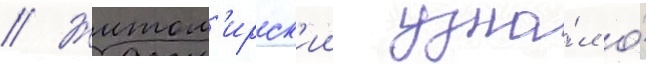
// Житом'ирск'ии узна́л о́